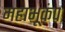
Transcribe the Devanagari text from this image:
महाभूकंप